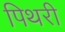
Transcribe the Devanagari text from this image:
पिथरी